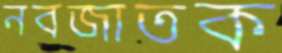
নবজাতক